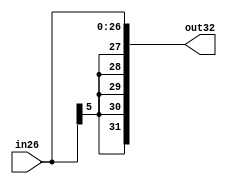
module signExtend (out32, in26);
    input [26:0] in26;
    output [31:0] out32;
    assign out32 = {{26{in26[5]}},in26};
endmodule